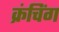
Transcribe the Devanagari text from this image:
क्रंचिंग